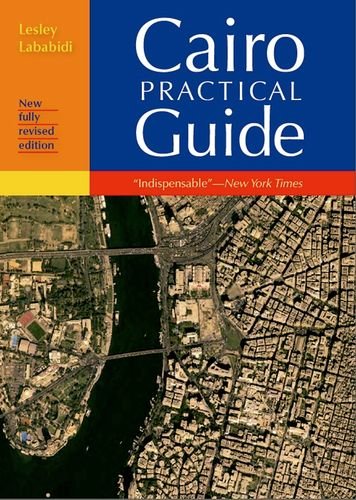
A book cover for Cairo: The Practical Guide; Lesley Lababidi; Travel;